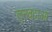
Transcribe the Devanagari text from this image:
लुनवदाओं